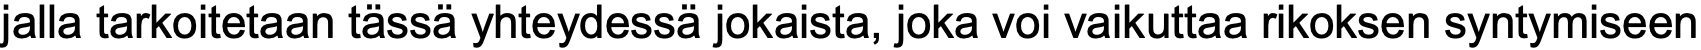
jalla tarkoitetaan tässä yhteydessä jokaista, joka voi vaikuttaa rikoksen syntymiseen